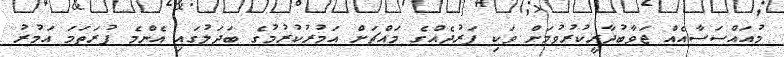
މުއައްސަސާއެއް ޖަވާބުދާރީކުރުވުމަށް ވަކި ފަރުދެއްގެ މައްޗަށް އަމުރުކުރުމުގެ ބަދަލުގައި އެންމެ ފުރަތަމަ އަމުރު